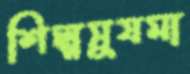
শিল্পসুষমা